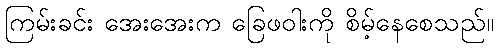
ကြမ်းခင်း အေးအေးက ခြေဖဝါးကို စိမ့်နေစေသည်။